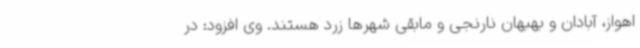
اهواز، آبادان و بهبهان نارنجی و مابقی شهرها زرد هستند. وی افزود: در